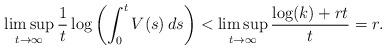
LaTeX: \begin{align*}\limsup_{t\to\infty} \frac1t \log\left(\int_0^t V(s)\,ds \right)<\limsup_{t\to\infty} \frac{\log(k) + rt}t =r.\end{align*}